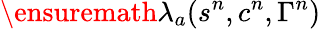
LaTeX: \ensuremath{\lambda}_{a}(s^{n},c^{n},\Gamma^{n})